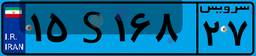
۱۵S۱۶۸۲۷